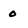
Character: 0